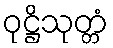
ဝုဋ္ဌိသုတ္တံ